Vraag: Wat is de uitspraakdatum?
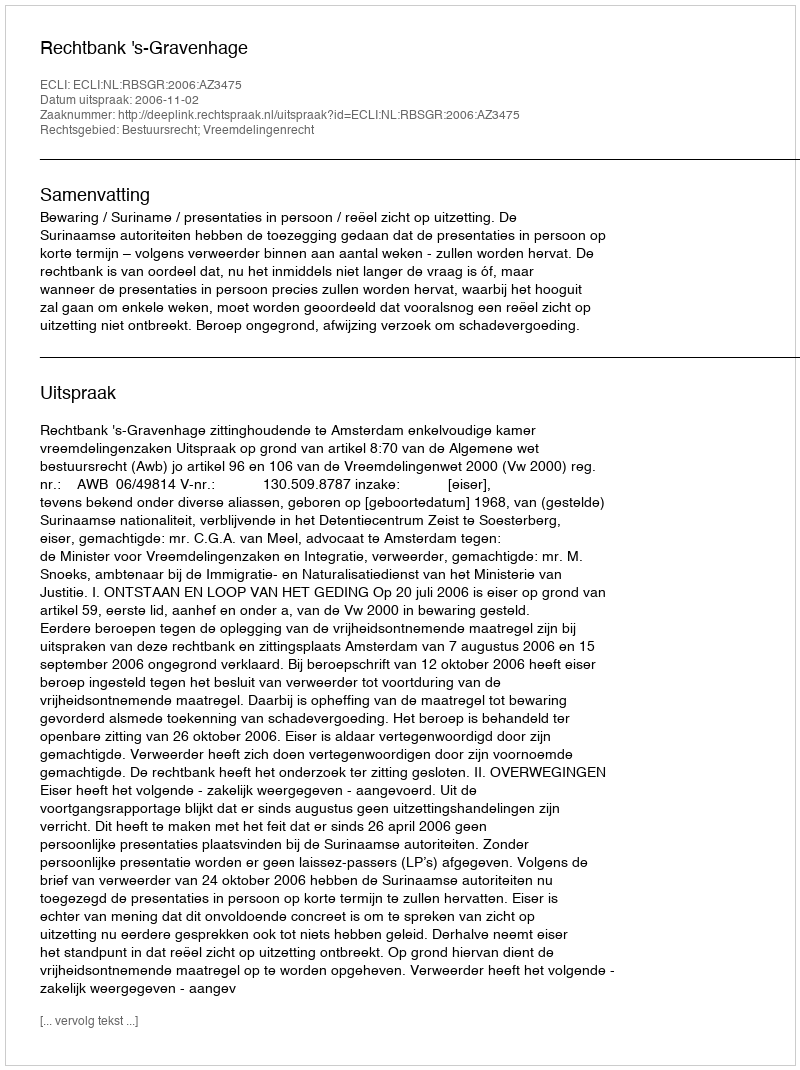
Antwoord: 2006-11-02